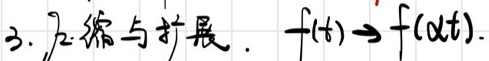
3. 压缩与扩展. \( f(t)\to f(\alpha t) \).